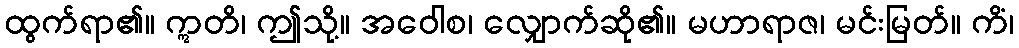
ထွက်ရာ၏။ ဣတိ၊ ဤသို့။ အဝေါစ၊ လျှောက်ဆို၏။ မဟာရာဇ၊ မင်းမြတ်။ ကိံ၊